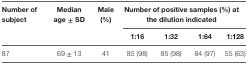
<table><thead><tr><td><b>Number of subject</b></td><td><b>Median age ± SD</b></td><td><b>Male (%)</b></td><td colspan="4"><b>Number of positive samples (%) at the dilution indicated</b></td></tr><tr><td></td><td></td><td></td><td><b>1:16</b></td><td><b>1:32</b></td><td><b>1:64</b></td><td><b>1:128</b></td></tr></thead><tbody><tr><td>87</td><td>69 ± 13</td><td>41</td><td>85 (98)</td><td>85 (98)</td><td>84 (97)</td><td>55 (63)</td></tr></tbody></table>